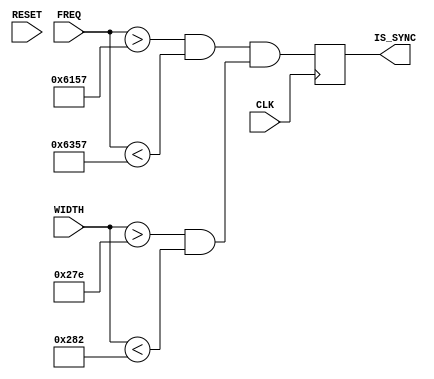
// DPI input sync detector
// FREQ - in kHz
// WIDTH - in pixels

module dpi_sync_detector
#(
 parameter TARGET_FREQ  = 25175,
 parameter TARGET_WIDTH = 640,
 parameter HYSTERESIS_FREQ = 256,
 parameter HYSTERESIS_WIDTH = 2
)
(
 input CLK,
 input RESET,
 
 input [15:0] FREQ,
 input [10:0] WIDTH,
 
 output IS_SYNC
);

 reg is_sync;
 wire is_freq_ok, is_width_ok;

 assign  is_freq_ok  = ( (FREQ > (TARGET_FREQ-HYSTERESIS_FREQ)) && (FREQ < (TARGET_FREQ+HYSTERESIS_FREQ)) );
 assign  is_width_ok = ( (WIDTH > (TARGET_WIDTH-HYSTERESIS_WIDTH)) && (WIDTH < (TARGET_WIDTH+HYSTERESIS_WIDTH)) );
 
 always @(posedge CLK)
  is_sync <= (is_freq_ok & is_width_ok);

 assign IS_SYNC = is_sync;
 
endmodule